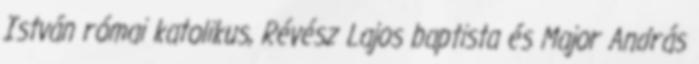
István római katolikus, Révész Lajos baptista és Major András